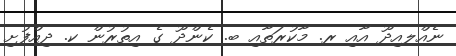
ނެއްލއިދޫ އާއި ރ. މާކުރަތާއި ބ. ކެންދޫ ގެ އިތުރުން ކ. ދިއްފުށި